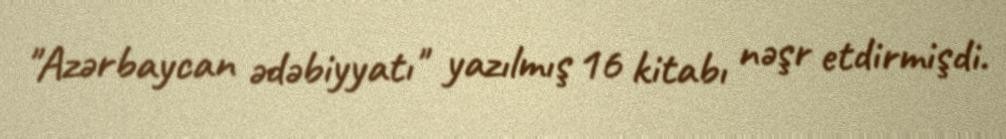
"Azərbaycan ədəbiyyatı" yazılmış 16 kitabı nəşr etdirmişdi.